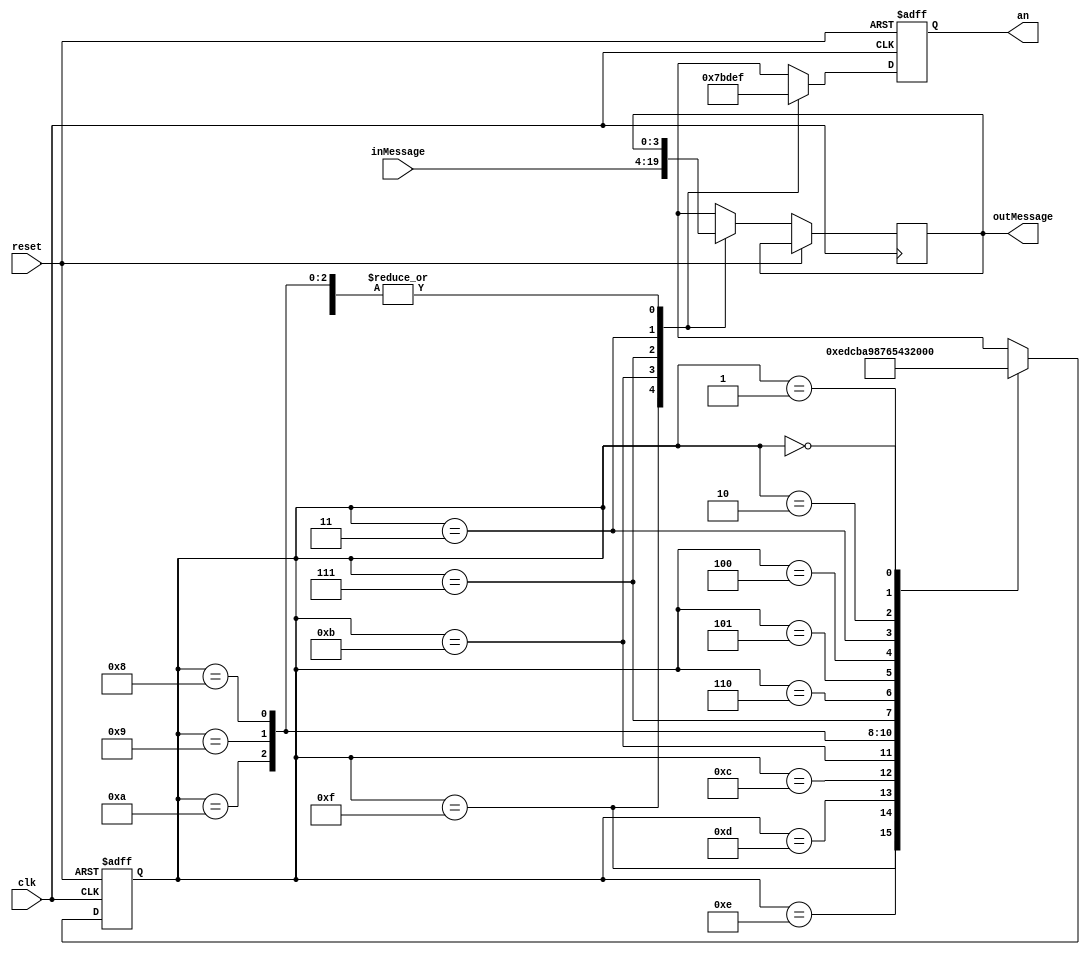
/*	FourdigitLEDdriver module
*
*	University of Thessaly 
*	Electrical and Computer Engineering Department
*	CE430 Course
*
*	Patsianotakis Charalampos cpatsianotakis@uth.gr
*
*	
*/

module anCounter(reset, clk, inMessage, an, outMessage);
input reset, clk;
input [15:0] inMessage;
output reg [3:0]  an;
output reg [3:0]  outMessage;


reg [3:0] counter; 

always @(posedge clk or posedge reset) 
begin
	if (reset)
	begin
		
		counter = 4'b1111;
		an 		= 4'b1111;
		
	end

	else
	begin

	case(counter)
		4'b1111:
			begin
				an 		= 4'b0111;
				counter = 4'b1110;
				outMessage = inMessage[15:12];
			end

		4'b1110:
			begin
				an 		= 4'b1111;
				counter = 4'b1101;
			end

		4'b1101:
			begin
				an 		= 4'b1111;
				counter = 4'b1100;
			end

		4'b1100:
			begin
				an 		= 4'b1111;
				counter = 4'b1011;
			end

		4'b1011:
			begin
				an 		= 4'b1011;
				counter = 4'b1010;
				outMessage = inMessage[11:8];
			end

		4'b1010:
			begin
				an 		= 4'b1111;
				counter = 4'b1001;
			end

		4'b1001:
			begin
				an 		= 4'b1111;
				counter = 4'b1000;
			end

		4'b1000:
			begin
				an 		= 4'b1111;
				counter = 4'b0111;
			end

		4'b0111:
			begin
				an 		= 4'b1101;
				counter = 4'b0110;
				outMessage = inMessage[7:4];
			end

		4'b0110:
			begin
				an 		= 4'b1111;
				counter = 4'b0101;
			end

		4'b0101:
			begin
				an 		= 4'b1111;
				counter = 4'b0100;
			end

		4'b0100:
			begin
				an 		= 4'b1111;
				counter = 4'b0011;
			end

		4'b0011:
			begin
				an 		= 4'b1110;
				counter = 4'b0010;
				outMessage = inMessage[3:0];
			end

		4'b0010:
			begin
				an 		= 4'b1111;
				counter = 4'b0001;
			end

		4'b0001:
			begin
				an 		= 4'b1111;
				counter = 4'b0000;
			end

		4'b0000:
			begin
				an 		= 4'b1111;
				counter = 4'b1111;
			end


	endcase
	end
	
end

endmodule